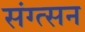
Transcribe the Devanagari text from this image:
संग्त्सन